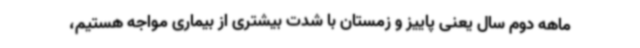
ماهه دوم سال یعنی پاییز و زمستان با شدت بیشتری از بیماری مواجه هستیم،